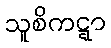
သူစိကဋ္ဋာ